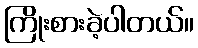
ကြိုးစားခဲ့ပါတယ်။